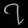
Digit: ၇